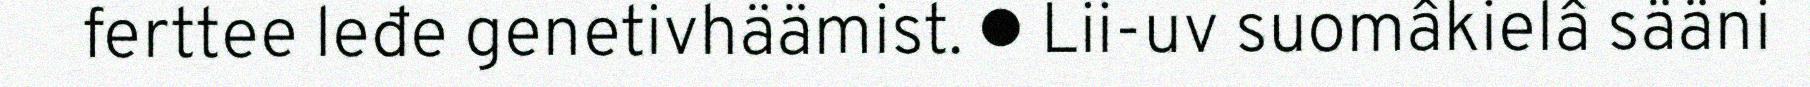
ferttee leđe genetivhäämist. ● Lii-uv suomâkielâ sääni